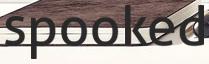
spooked